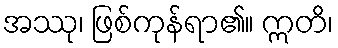
အဿု၊ ဖြစ်ကုန်ရာ၏။ ဣတိ၊